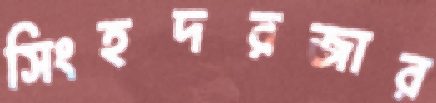
সিংহদরজার